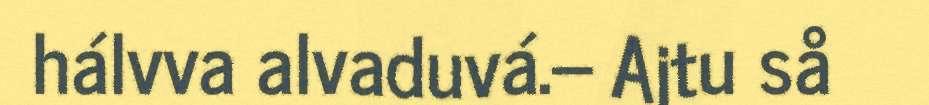
hálvva alvaduvá.– Ajtu så